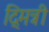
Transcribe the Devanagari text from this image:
द्मित्री